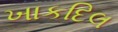
ખાકદિલ